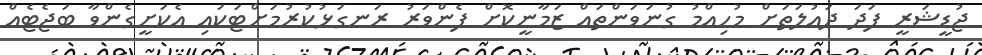
ޖުޑީޝަރީ ފަދަ ދައުލަތަށް މުހިއްމު ގުނަވަންތައް ޒަމާނީކޮށް ފެންވަރު ރަނގަޅުކުރުމަށްޓަކައި އެކަށީގެންވާ ބަޖެޓެއް